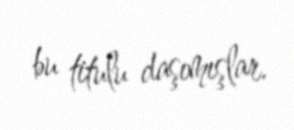
bu titulu daşımışlar.